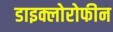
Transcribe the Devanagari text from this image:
डाइक्लोरोफीन